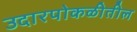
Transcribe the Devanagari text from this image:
उदारपोकळीतील